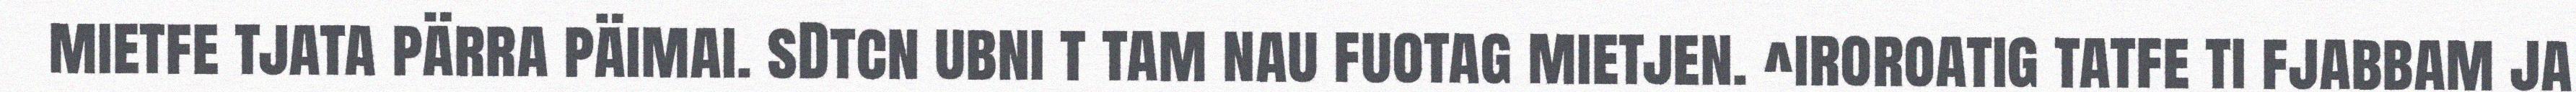
mietfe tjata pärra päimai. sDtcn ubni t tam nau fuotag mietjen. ^iroroatig tatfe ti fjabbam ja